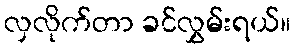
လှလိုက်တာ ခင်လွှမ်းရယ်။